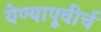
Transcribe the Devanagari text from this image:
येण्यापूवीर्च